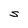
Character: S